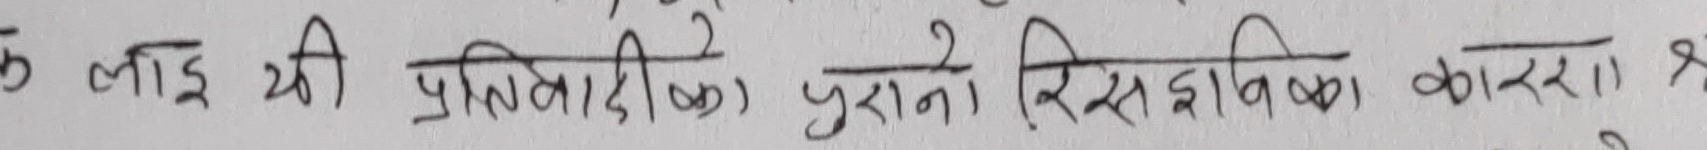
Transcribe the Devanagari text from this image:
क लाई थी प्रतिपादित पुराने ऐतिहासिक कारणो श्र